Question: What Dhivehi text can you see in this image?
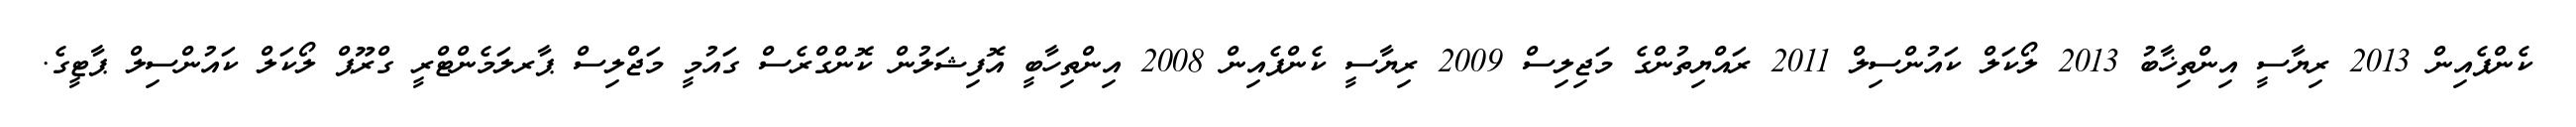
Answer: ކެންޕެއިން 2013 ރިޔާސީ އިންތިޚާބު 2013 ލޯކަލް ކައުންސިލް 2011 ރައްޔިތުންގެ މަޖިލިސް 2009 ރިޔާސީ ކެންޕެއިން 2008 އިންތިހާބީ އޮފިޝަލުން ކޮންގްރެސް ގައުމީ މަޖްލިސް ޕާރލަމެންޓްރީ ގްރޫޕް ލޯކަލް ކައުންސިލް ޕާޓީގެ.